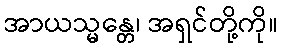
အာယသ္မန္တေ၊ အရှင်တို့ကို။